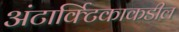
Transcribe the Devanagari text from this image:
अंटार्क्टिकाकडील